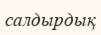
салдырдық